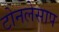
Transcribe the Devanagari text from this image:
टोनलेसाप